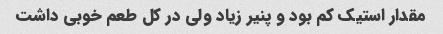
مقدار استیک کم بود و پنیر زیاد ولی در کل طعم خوبی داشت